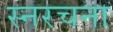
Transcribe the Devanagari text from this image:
स्नरचना